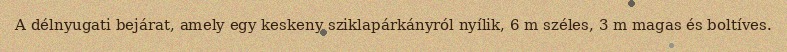
A délnyugati bejárat, amely egy keskeny sziklapárkányról nyílik, 6 m széles, 3 m magas és boltíves.